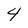
Character: 4